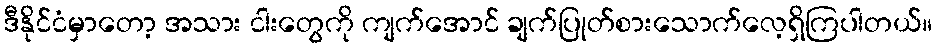
ဒီနိုင်ငံမှာတော့ အသား ငါးတွေကို ကျက်အောင် ချက်ပြုတ်စားသောက်လေ့ရှိကြပါတယ်။